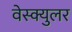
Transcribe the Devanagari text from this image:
वेस्क्युलर